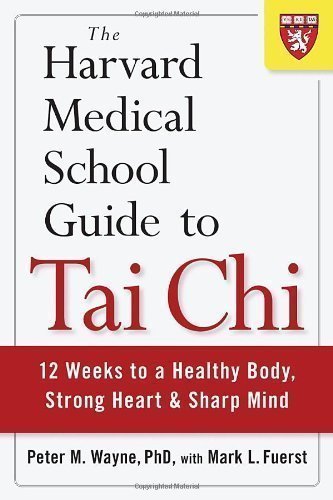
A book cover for The Harvard Medical School Guide to Tai Chi: 12 Weeks to a Healthy Body, Strong Heart, and Sharp Mind (Harvard Health Publications) by Peter Wayne (2013); Education & Teaching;